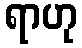
ရာဟု